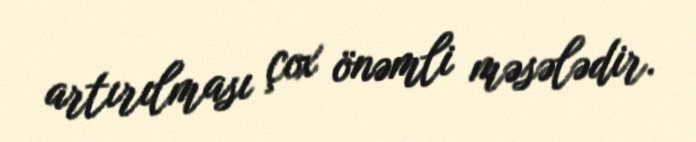
artırılması çox önəmli məsələdir.